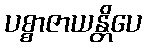
ပစ္စာဇာယန္တိပေ